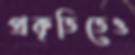
প্রকৃতিতেও